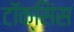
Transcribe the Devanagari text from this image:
टॉक्सिंस